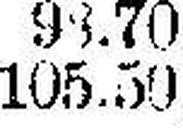
105.50